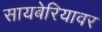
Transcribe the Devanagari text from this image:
सायबेरियावर